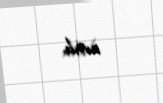
artıb.